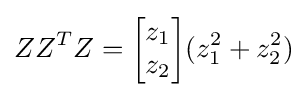
ZZ^{T}Z={\begin{bmatrix}z_{1}\\z_{2}\end{bmatrix}}(z_{1}^{2}+z_{2}^{2})